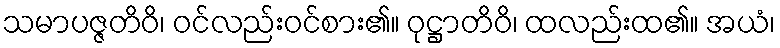
သမာပဇ္ဇတိဝိ၊ ဝင်လည်းဝင်စား၏။ ဝုဋ္ဌာတိဝိ၊ ထလည်းထ၏။ အယံ၊